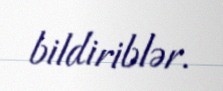
bildiriblər.